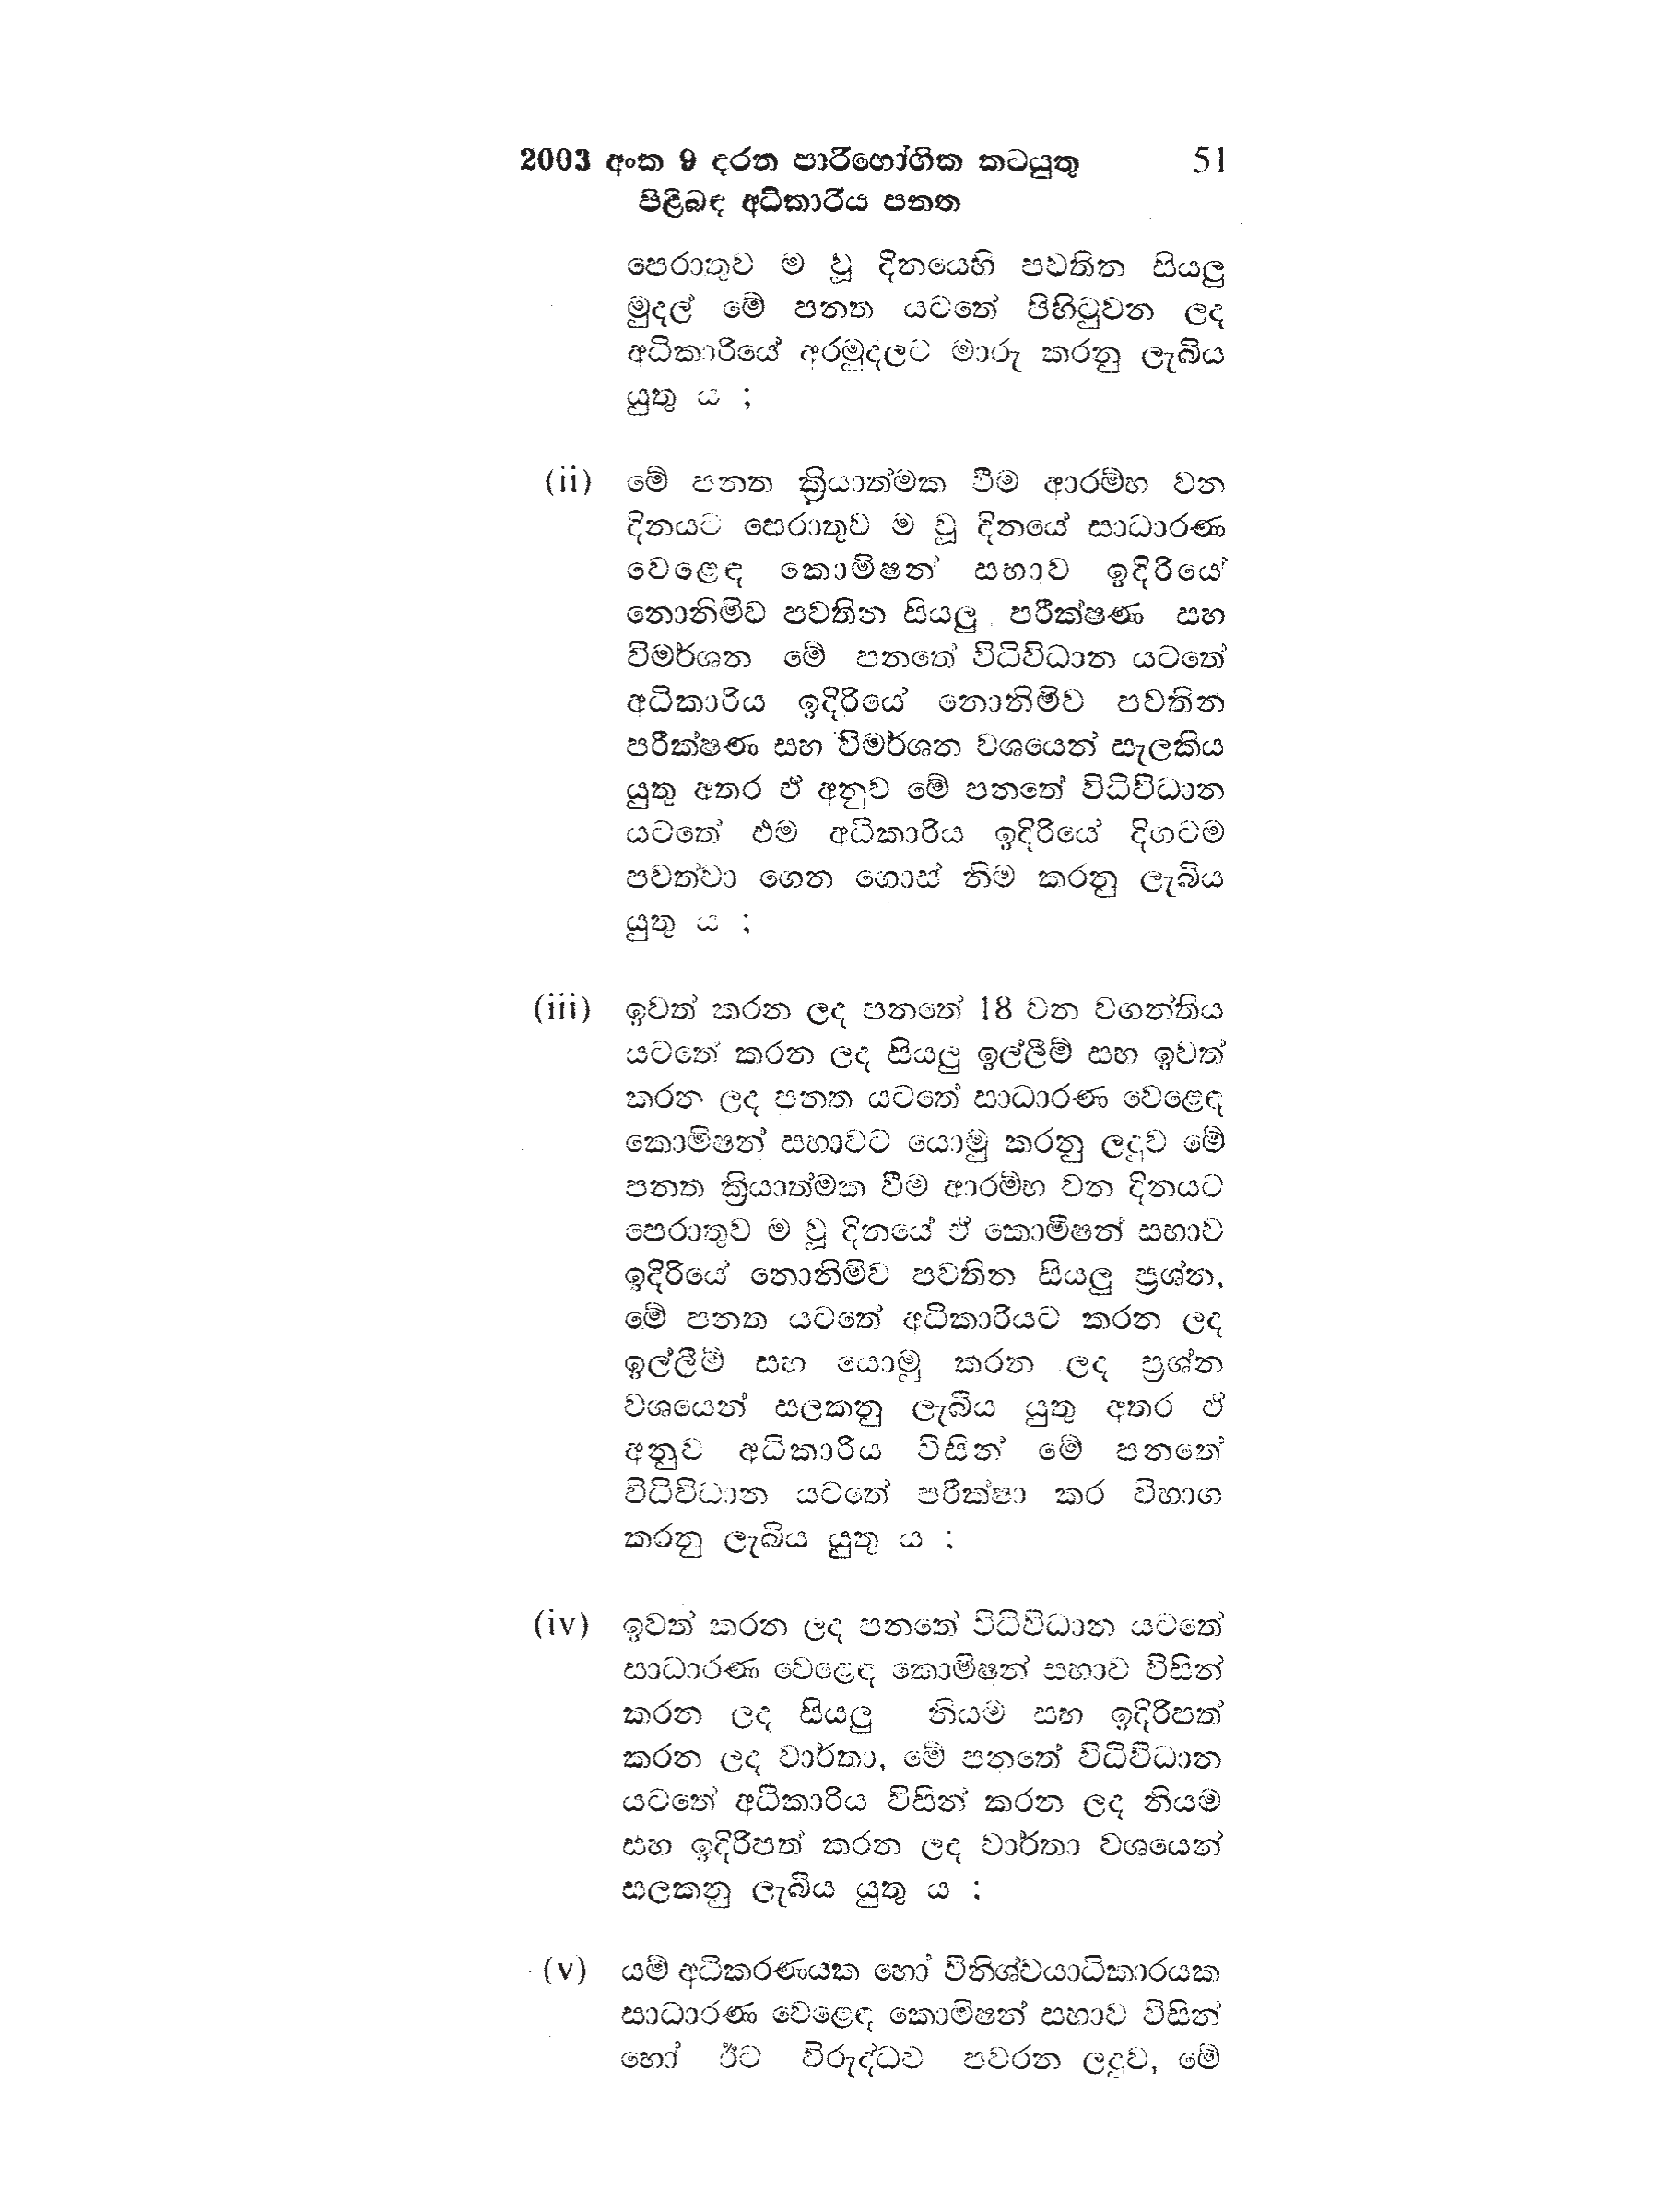
2003 අංක 9 දරන පාරිභෝගික කටයුතු 51
පිළිබඳ අධිකාරිය පනත

පෙරාතුව ම වූ දිනයෙහි පවතින සියලු
මුදල් මේ පනත යටතේ පිහිටුවන ලද
අධිකාරියේ අරමුදලට මාරු කරනු ලැබිය
යුතු ය ;

(ii) මේ පනත ක්‍රියාත්මක වීම ආරම්භ වන
දිනයට පෙරාතුව ම වූ දිනයේ සාධාරණ
වෙළෙඳ කොමිෂන් සභාව ඉදිරියේ
නොනිමිව පවතින සියලු පරීක්ෂණ සහ
විමර්ශන මේ පනතේ විධිවිධාන යටතේ
අධිකාරිය ඉදිරියේ නොනිමිව පවතින
පරීක්ෂණ සහ විමර්ශන වශයෙන් සැලකිය
යුතු අතර ඵ් අනුව මේ පනතේ විධිවිධාන
යටතේ එම අධිකාරිය ඉදිරියේ දිගටම
පවත්වා ගෙන ගොස් නිම කරනු ලැබිය
යුතු ය ;

(iii) ඉවත් කරන ලද පනතේ 18 වන වගන්තිය
යටතේ කරන ලද සියලු ඉල්ලීම් සහ ඉවත්
කරන ලද පනත යටතේ සාධාරණ වෙළෙඳ
කොමිෂන් සභාවට යොමු කරනු ලදුව මේ
පනත ක්‍රියාත්මක වීම ආරම්භ වන දිනයට
පෙරාතුව ම වූ දිනයේ ඒ කොමිෂන් සභාව
ඉදිරියේ නොනිමිව පවතින සියලු ප්‍රශ්න,
මේ පනත යටතේ අධිකාරියට කරන ලද
ඉල්ලීම් සහ යොමු කරන ලද ප්‍රශ්න
වශයෙන් සලකනු ලැබිය යුතු අතර ඒ
අනුව අධිකාරිය විසින් මේ පනතේ
විධිවිධාන යටතේ පරීක්ෂා කර විභාග
කරනු ලැබිය යුතු ය ;

(iv) ඉවත් කරන ලද පනතේ විධිවිධාන යටතේ
සාධාරණ වෙළෙඳ කොමිෂන් සභාව විසින්
කරන ලද සියලු නියම සහ ඉදිරිපත්
කරන ලද වාර්තා, මේ පනතේ විධිවිධාන
යටතේ අධිකාරිය විසින් කරන ලද නියම
සහ ඉදිරිපත් කරන ලද වාර්තා වශයෙන්
සලකනු ලැබිය යුතු ය ;

(v) යම් අධිකරණයක හෝ විනිශ්චයාධිකාරයක
සාධාරණ වෙළෙඳ කොමිෂන් සභාව විසින්
හෝ ඊට විරුද්ධව පවරන ලදුව, මේ